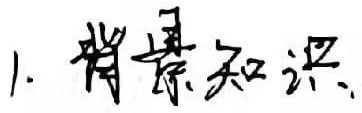
1. 背景知识